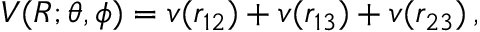
V ( R ; \theta , \phi ) = v ( r _ { 1 2 } ) + v ( r _ { 1 3 } ) + v ( r _ { 2 3 } ) \, ,